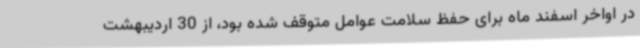
در اواخر اسفند ماه برای حفظ سلامت عوامل متوقف شده بود، از 30 اردیبهشت